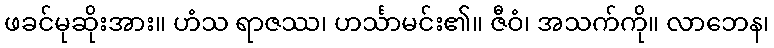
ဖခင်မုဆိုးအား။ ဟံသ ရာဇဿ၊ ဟင်္သာမင်း၏။ ဇီဝံ၊ အသက်ကို။ လာဘေန၊